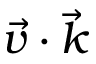
\vec { v } \cdot \vec { k }